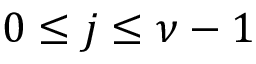
0 \leq j \leq \nu - 1